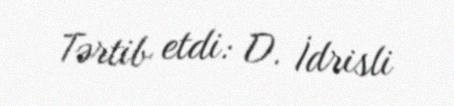
Tərtib etdi: D. İdrisli